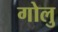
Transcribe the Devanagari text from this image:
गोलु